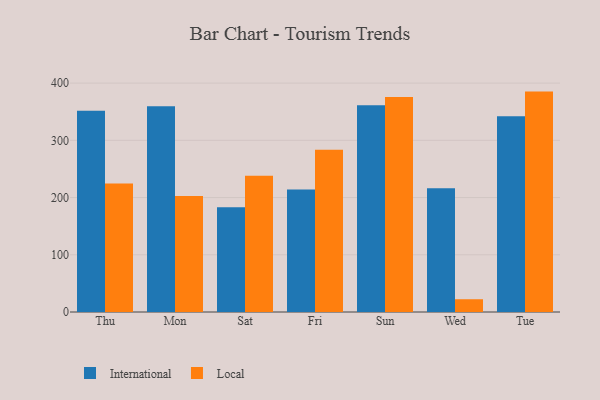
{"axis": {"x": "Day", "y": "Market Share (%)"}, "legend": ["International", "Local"], "data": [{"x": "Thu", "y": 351.8, "type": "International"}, {"x": "Thu", "y": 224.7, "type": "Local"}, {"x": "Mon", "y": 359.4, "type": "International"}, {"x": "Mon", "y": 202.7, "type": "Local"}, {"x": "Sat", "y": 183.2, "type": "International"}, {"x": "Sat", "y": 238.1, "type": "Local"}, {"x": "Fri", "y": 214.3, "type": "International"}, {"x": "Fri", "y": 283.6, "type": "Local"}, {"x": "Sun", "y": 361.4, "type": "International"}, {"x": "Sun", "y": 375.6, "type": "Local"}, {"x": "Wed", "y": 216.2, "type": "International"}, {"x": "Wed", "y": 22.3, "type": "Local"}, {"x": "Tue", "y": 342.0, "type": "International"}, {"x": "Tue", "y": 385.2, "type": "Local"}]}